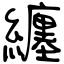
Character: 纏